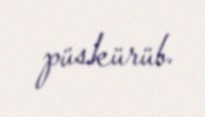
püskürüb.